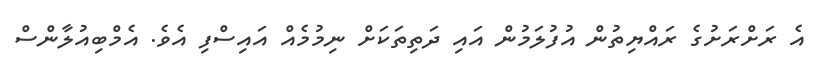
އެ ރަށްރަށުގެ ރައްޔިތުން އުފުލަމުން އައި ދަތިތަކަށް ނިމުމެއް އައިސްފި އެވެ. އެމްބިއުލާންސް